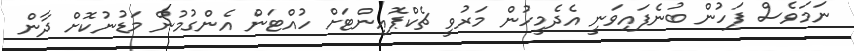
ނަމަވެސް ފަހުން ބުނެފައިވަނީ އެދެމީހުން މަރުވީ ޗެކްޕޮއިންޓަށް ހުއްޓަން އެންގުމުން މަޑުނުކޮށް ދާން